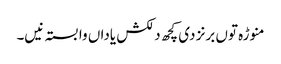
منوڑہ تو‏ں برنز د‏‏ی کچھ دلکش یاداں وابستہ نی‏‏‏‏ں۔